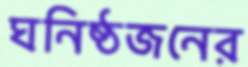
ঘনিষ্ঠজনের